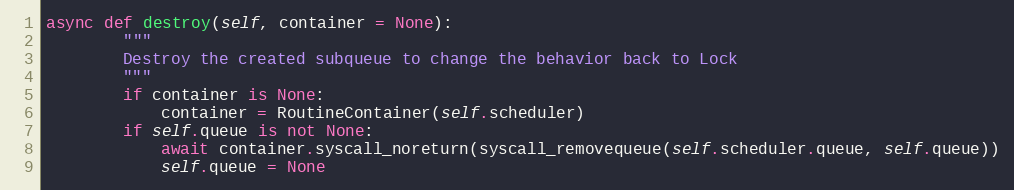
Language: Python
async def destroy(self, container = None):
        """
        Destroy the created subqueue to change the behavior back to Lock
        """
        if container is None:
            container = RoutineContainer(self.scheduler)
        if self.queue is not None:
            await container.syscall_noreturn(syscall_removequeue(self.scheduler.queue, self.queue))
            self.queue = None